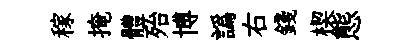
稼掩體殆博譌右錢楔態